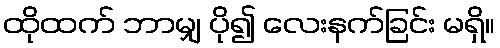
ထိုထက် ဘာမျှ ပို၍ လေးနက်ခြင်း မရှိ။